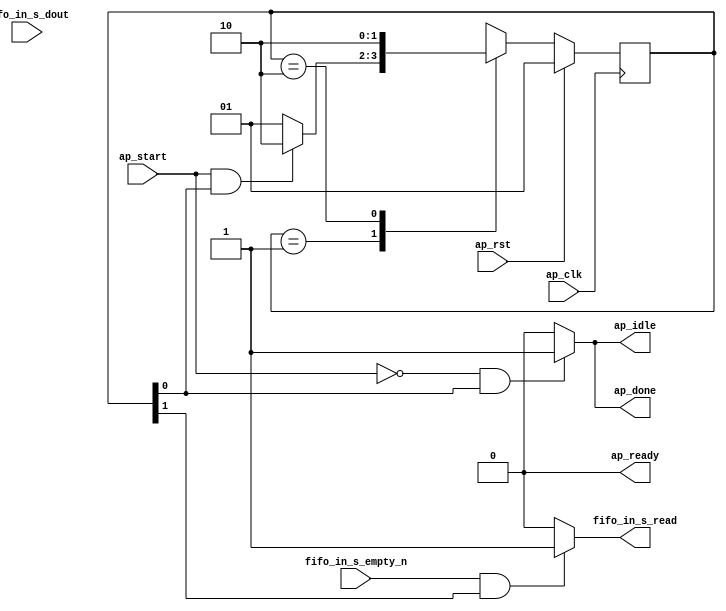
// ==============================================================
// RTL generated by Vitis HLS - High-Level Synthesis from C, C++ and OpenCL v2022.2 (64-bit)
// Version: 2022.2
// Copyright (C) Copyright 1986-2022 Xilinx, Inc. All Rights Reserved.
//
// ===========================================================

`timescale 1 ns / 1 ps

module black_hole_float_v16_black_hole_float_v16_Pipeline_VITIS_LOOP_400_1 (
        ap_clk,
        ap_rst,
        ap_start,
        ap_done,
        ap_idle,
        ap_ready,
        fifo_in_s_dout,
        fifo_in_s_empty_n,
        fifo_in_s_read
);

parameter    ap_ST_fsm_state1 = 2'd1;
parameter    ap_ST_fsm_state2 = 2'd2;

input   ap_clk;
input   ap_rst;
input   ap_start;
output   ap_done;
output   ap_idle;
output   ap_ready;
input  [512:0] fifo_in_s_dout;
input   fifo_in_s_empty_n;
output   fifo_in_s_read;

reg ap_done;
reg ap_idle;
reg fifo_in_s_read;

(* fsm_encoding = "none" *) reg   [1:0] ap_CS_fsm;
wire    ap_CS_fsm_state1;
wire    ap_CS_fsm_state2;
reg   [1:0] ap_NS_fsm;
reg    ap_ST_fsm_state1_blk;
wire    ap_ST_fsm_state2_blk;
wire    ap_ce_reg;

// power-on initialization
initial begin
#0 ap_CS_fsm = 2'd1;
end

always @ (posedge ap_clk) begin
    if (ap_rst == 1'b1) begin
        ap_CS_fsm <= ap_ST_fsm_state1;
    end else begin
        ap_CS_fsm <= ap_NS_fsm;
    end
end

always @ (*) begin
    if ((ap_start == 1'b0)) begin
        ap_ST_fsm_state1_blk = 1'b1;
    end else begin
        ap_ST_fsm_state1_blk = 1'b0;
    end
end

assign ap_ST_fsm_state2_blk = 1'b0;

always @ (*) begin
    if (((ap_start == 1'b0) & (1'b1 == ap_CS_fsm_state1))) begin
        ap_done = 1'b1;
    end else begin
        ap_done = 1'b0;
    end
end

always @ (*) begin
    if (((ap_start == 1'b0) & (1'b1 == ap_CS_fsm_state1))) begin
        ap_idle = 1'b1;
    end else begin
        ap_idle = 1'b0;
    end
end

always @ (*) begin
    if (((fifo_in_s_empty_n == 1'b1) & (1'b1 == ap_CS_fsm_state2))) begin
        fifo_in_s_read = 1'b1;
    end else begin
        fifo_in_s_read = 1'b0;
    end
end

always @ (*) begin
    case (ap_CS_fsm)
        ap_ST_fsm_state1 : begin
            if (((ap_start == 1'b1) & (1'b1 == ap_CS_fsm_state1))) begin
                ap_NS_fsm = ap_ST_fsm_state2;
            end else begin
                ap_NS_fsm = ap_ST_fsm_state1;
            end
        end
        ap_ST_fsm_state2 : begin
            ap_NS_fsm = ap_ST_fsm_state2;
        end
        default : begin
            ap_NS_fsm = 'bx;
        end
    endcase
end

assign ap_CS_fsm_state1 = ap_CS_fsm[32'd0];

assign ap_CS_fsm_state2 = ap_CS_fsm[32'd1];

assign ap_ready = 1'b0;

endmodule //black_hole_float_v16_black_hole_float_v16_Pipeline_VITIS_LOOP_400_1